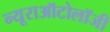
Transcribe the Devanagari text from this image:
न्यूराऑटोलॉजी